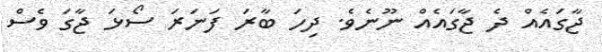
ޖާގައެއް ދެ ޖާގައެއް ނޫނެވެ. ދިހަ ބާރަ ފަނަރަ ސޯޅަ ޖާގަ ވެސް